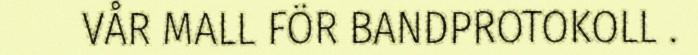
VÅR MALL FÖR BANDPROTOKOLL .